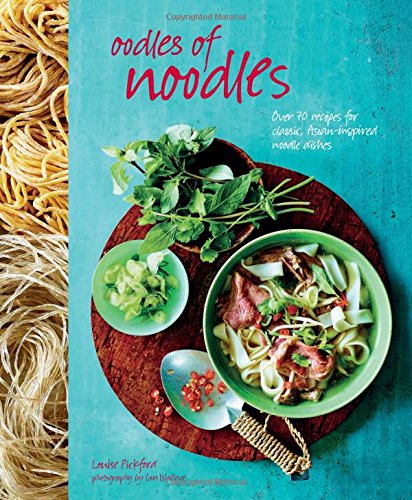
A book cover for Oodles of Noodles: Over 70 recipes for classic and Asian-inspired noodle dishes; Louise Pickford; Cookbooks, Food & Wine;